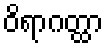
ဝိရာဂတ္ထာ